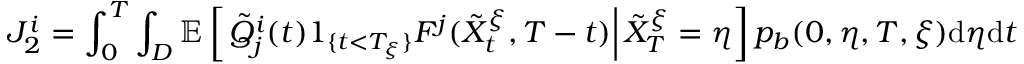
J _ { 2 } ^ { i } = \int _ { 0 } ^ { T } \int _ { D } \mathbb { E } \left[ \left. \tilde { Q } _ { j } ^ { i } ( t ) 1 _ { \{ t < T _ { \xi } \} } F ^ { j } ( \tilde { X } _ { t } ^ { \xi } , T - t ) \right| \tilde { X } _ { T } ^ { \xi } = \eta \right] p _ { b } ( 0 , \eta , T , \xi ) \mathrm { d } \eta \mathrm { d } t